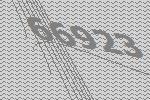
66923